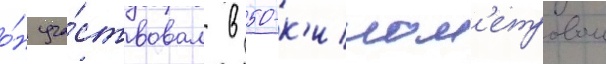
о́н уча́ствовал в 50-к'илом'етровом